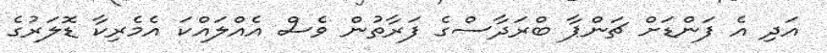
އަދި އެ ފަންޑަށް ޗަންޕާ ބްރަދާސްގެ ފަރާތުން ވެސް އެއްލައްކަ އެމެރިކާ ޑޮލަރުގެ